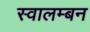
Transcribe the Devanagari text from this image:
स्वालम्बन